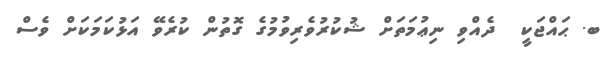
ބ. ޙައްޖަކީ  ދެއްވި ނިޢުމަތަށް ޝުކުރުވެރިވުމުގެ ގޮތުން ކުރެވޭ އަޅުކަމަކަށް ވެސް